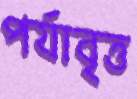
পর্যাবৃত্ত